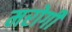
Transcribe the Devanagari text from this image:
मरोगी